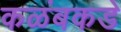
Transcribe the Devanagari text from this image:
कळंबकडे